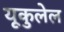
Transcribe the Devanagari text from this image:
यूकुलेल